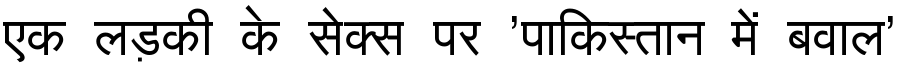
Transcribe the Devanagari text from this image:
एक लड़की के सेक्स पर 'पाकिस्तान में बवाल'